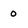
Character: o